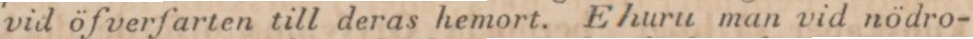
vid öfverfarten till deras hemort. Ehuru man vid nödro-